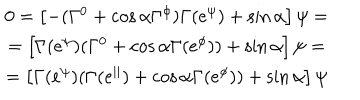
\begin{array} { c } { { 0 = \left[ - ( \Gamma ^ { 0 } + \cos \alpha \Gamma ^ { \phi } ) \Gamma ( e ^ { \psi } ) + \sin \alpha \right] \psi = } } \\ { { = \left[ \Gamma ( e ^ { \psi } ) ( \Gamma ^ { 0 } + \cos \alpha \Gamma ( e ^ { \phi } ) ) + \sin \alpha \right] \psi = } } \\ { { = \left[ \Gamma ( e ^ { \psi } ) ( \Gamma ( e ^ { | | } ) + \cos \alpha \Gamma ( e ^ { \phi } ) ) + \sin \alpha \right] \psi } } \\ \end{array}